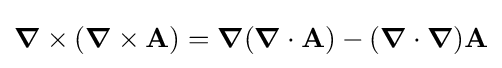
{\boldsymbol {\nabla }}\times ({\boldsymbol {\nabla }}\times \mathbf {A} )={\boldsymbol {\nabla }}({\boldsymbol {\nabla }}\cdot \mathbf {A} )-({\boldsymbol {\nabla }}\cdot {\boldsymbol {\nabla }})\mathbf {A}